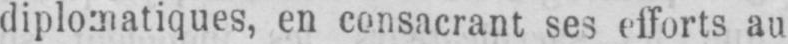
diplomatiques, en consacrant ses efforts au